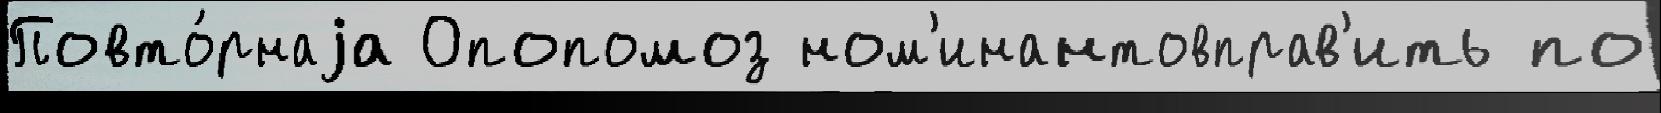
Повто́рнаjа Опопомоз ном'инантовправ'ить по